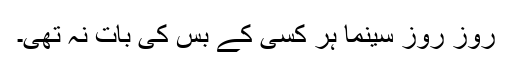
روز روز سینما ہر کسی کے بس کی بات نہ تھی۔